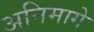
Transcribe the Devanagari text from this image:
अनिमागे